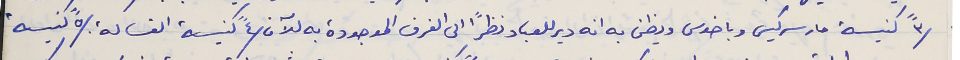
/٣" كنيسة مار سركيس وباخوس ويظن به انه دير للعباد نظرًا الى الغرف الموجودة به للآن /٤" كنيسة الغسالة. /٥" كنيسة